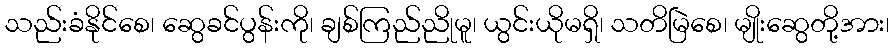
သည်းခံနိုင်စေ၊ ဆွေခင်ပွန်းကို၊ ချစ်ကြည်ညိုမူ၊ ယွင်းယိုမရှိ၊ သတိမြဲစေ၊ မျိုးဆွေတို့အား၊